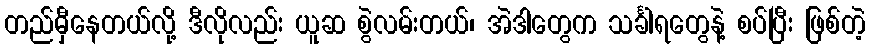
တည်မှီနေတယ်လို့ ဒီလိုလည်း ယူဆ စွဲလမ်းတယ်၊ အဲဒါတွေက သင်္ခါရတွေနဲ့ စပ်ပြီး ဖြစ်တဲ့